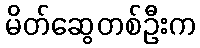
မိတ်ဆွေတစ်ဦးက